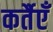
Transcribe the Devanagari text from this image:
कर्तैएँ